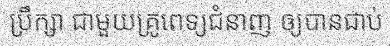
ប្រឹក្សា ជាមួយគ្រូពេទ្យជំនាញ ឲ្យបានជាប់